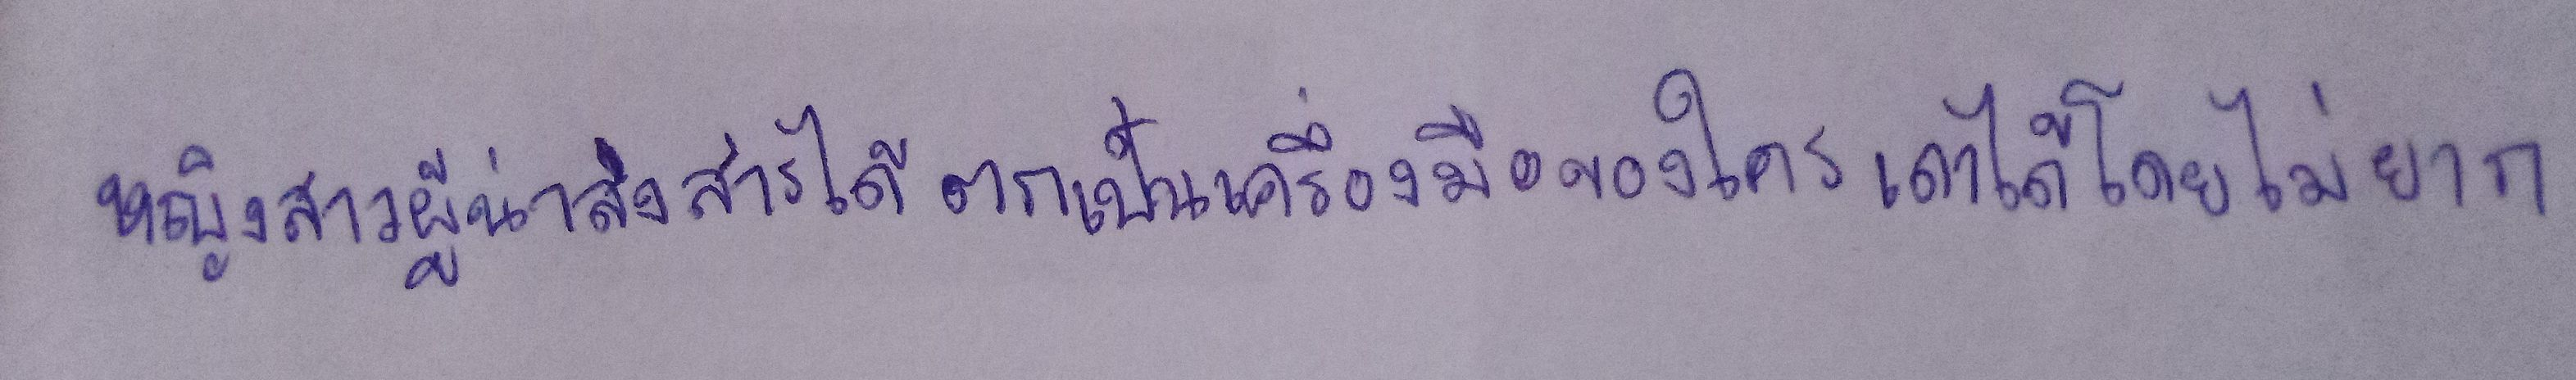
หญิงสาวผู้น่าสงสารได้ตกเป็นเครื่องมือของใครเดาได้โดยไม่ยาก